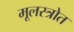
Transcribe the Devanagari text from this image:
मूलस्त्रोत